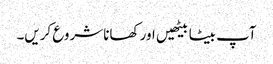
آپ بیٹا بیٹھیں اور کھانا شروع کریں۔